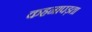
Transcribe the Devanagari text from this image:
कहनापड़ता